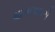
થાપણદારો